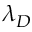
\lambda _ { D }